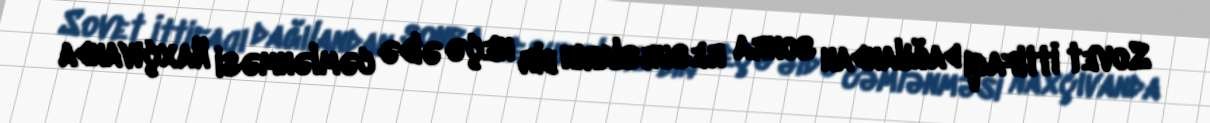
Sovet İttifaqı dağılandan sonra resursların bir neçə əldə cəmlənməsi Naxçıvanda